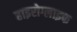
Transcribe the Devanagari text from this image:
हाइरोग्लाइफ